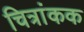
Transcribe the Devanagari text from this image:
चित्रांकक